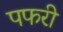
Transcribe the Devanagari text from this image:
पफरी